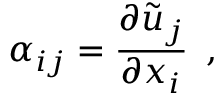
\alpha _ { i j } = \frac { \partial \tilde { u } _ { j } } { \partial x _ { i } } \, \mathrm { ~ , ~ }